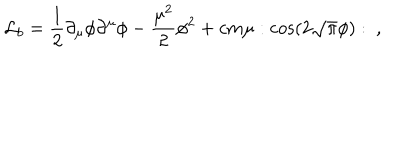
{ \cal L } _ { b } = { \frac { 1 } { 2 } } \partial _ { \mu } \phi \partial ^ { \mu } \phi - { \frac { \mu ^ { 2 } } { 2 } } \phi ^ { 2 } + c m \mu : \cos ( 2 \sqrt { \pi } \phi ) : \ ,